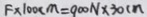
F \times 1 0 0 c m = 9 0 0 N \times 3 0 c m